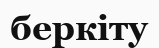
беркіту